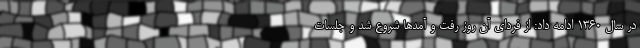
در سال ۱۳۶۰ ادامه داد: از فردای آن روز رفت و آمدها شروع شد و جلسات